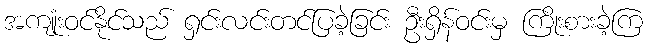
အကျုံးဝင်နိုင်သည် ရှင်းလင်းတင်ပြခဲ့ခြင်း ဦးရှိန်ဝင်းမှ ကြိုးစားခဲ့ကြ